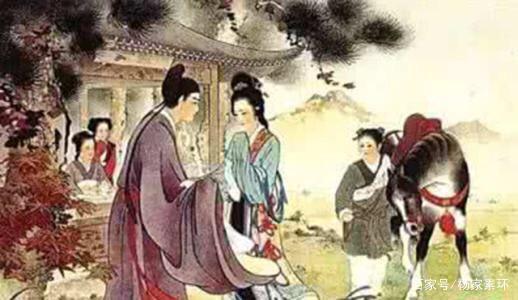
更把玉鞭云外指，断肠春色在江南。